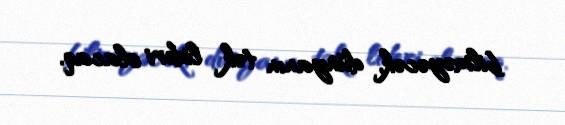
bilməyəcək, dünyanın tək lideri olacaq.